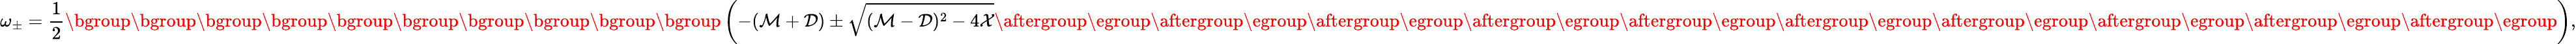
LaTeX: \omega_{\pm}=\frac{1}{2}\mathopen{}\mathclose\bgroup\mathopen{}\mathclose\bgroup\mathopen{}\mathclose\bgroup\mathopen{}\mathclose\bgroup\mathopen{}\mathclose\bgroup\mathopen{}\mathclose\bgroup\mathopen{}\mathclose\bgroup\mathopen{}\mathclose\bgroup\mathopen{}\mathclose\bgroup\mathopen{}\mathclose\bgroup\left(-(\mathcal{M}+\mathcal{D})\pm\sqrt{(\mathcal{M}-\mathcal{D})^{2}-4\mathcal{X}}\aftergroup\egroup\aftergroup\egroup\aftergroup\egroup\aftergroup\egroup\aftergroup\egroup\aftergroup\egroup\aftergroup\egroup\aftergroup\egroup\aftergroup\egroup\aftergroup\egroup\right),